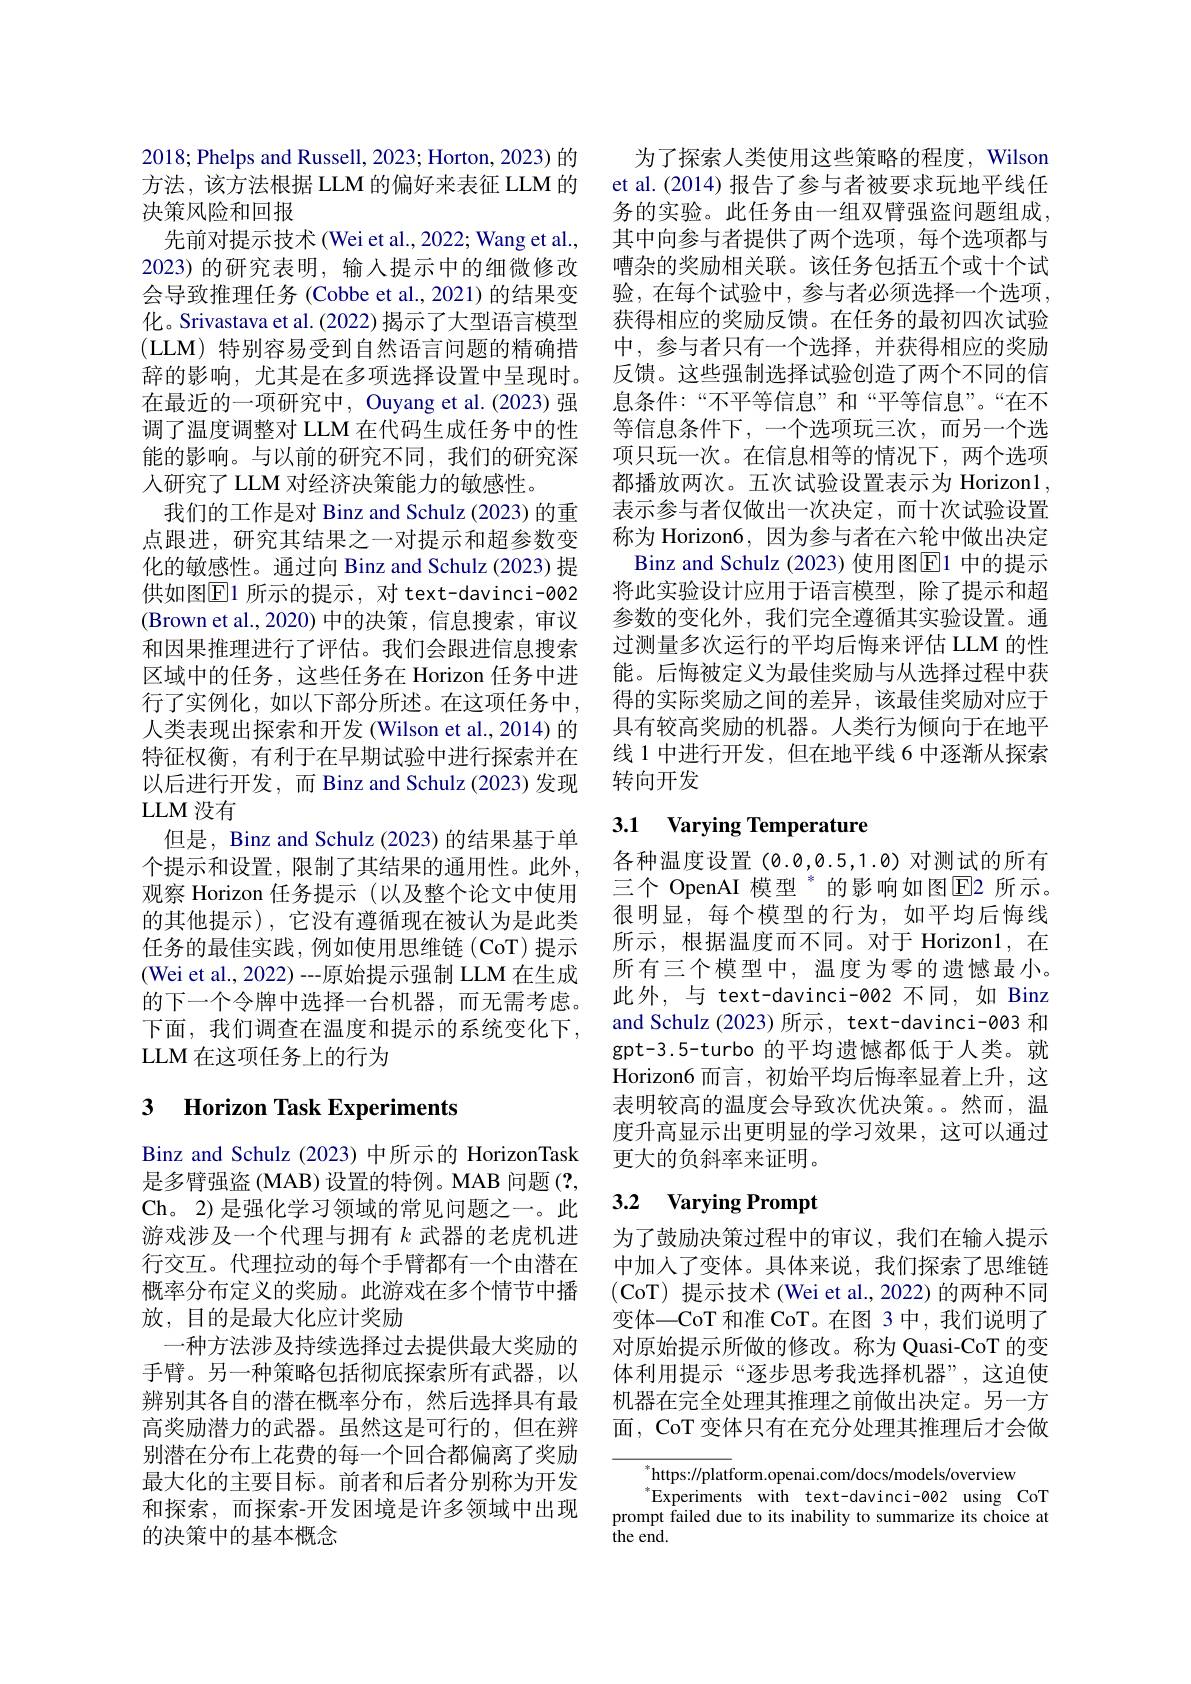
2018; Phelps and Russell, 2023; Horton, 2023) 的方法，该方法根据 LLM 的偏好来表征 LLM 的决策风险和回报
先前对提示技术 (Wei et al., 2022; Wang et al., 2023)的研究表明，输入提示中的细微修改会导致推理任务 (Cobbe et al., 2021) 的结果变化。Srivastava et al. (2022) 揭示了大型语言模型(LLM)特别容易受到自然语言问题的精确措辞的影响，尤其是在多项选择设置中呈现时。在最近的一项研究中，Ouyang et al.(2023) 强调了温度调整对 LLM 在代码生成任务中的性能的影响。与以前的研究不同，我们的研究深人研究了 LLM 对经济决策能力的敏感性。
我们的工作是对 Binz and Schulz (2023) 的重点跟进，研究其结果之一对提示和超参数变化的敏感性。通过向 Binz and Schulz (2023) 提供如图$\boxed{\mathrm{E}}1$ 所示的提示，对 text-davinci-002 (Brown et al.,2020)中的决策，信息搜索，审议和因果推理进行了评估。我们会跟进信息搜索区域中的任务，这些任务在 Horizon 任务中进行了实例化，如以下部分所述。在这项任务中， 人类表现出探索和开发(Wilson et al., 2014) 的特征权衡，有利于在早期试验中进行探索并在以后进行开发，而 Binz and Schulz (2023)发现LLM 没有
但是，Binz and Schulz (2023) 的结果基于单个提示和设置，限制了其结果的通用性。此外， 观察 Horizon 任务提示 (以及整个论文中使用的其他提示),它没有遵循现在被认为是此类任务的最佳实践，例如使用思维链(CoT)提示(Wei et al., 2022) --原始提示强制 LLM 在生成的下一个令牌中选择一台机器，而无需考虑。下面，我们调查在温度和提示的系统变化下， LLM 在这项任务上的行为

# 3 Horizon Task Experiments

Binz and Schulz (2023) 中所示的 HorizonTask 是多臂强盗 (MAB) 设置的特例。MAB 问题 (?, Ch。2)是强化学习领域的常见问题之一。此游戏涉及一个代理与拥有$k$武器的老虎机进行交互。代理拉动的每个手臂都有一个由潜在概率分布定义的奖励。此游戏在多个情节中播放，目的是最大化应计奖励
一种方法涉及持续选择过去提供最大奖励的手臂。另一种策略包括彻底探索所有武器，以辨别其各自的潜在概率分布，然后选择具有最高奖励潜力的武器。虽然这是可行的，但在辨别潜在分布上花费的每一个回合都偏离了奖励最大化的主要目标。前者和后者分别称为开发和探索，而探索-开发困境是许多领域中出现的决策中的基本概念

为了探索人类使用这些策略的程度，Wilson et al.(2014) 报告了参与者被要求玩地平线任务的实验。此任务由一组双臂强盗问题组成， 其中向参与者提供了两个选项，每个选项都与嘈杂的奖励相关联。该任务包括五个或十个试验，在每个试验中，参与者必须选择一个选项， 获得相应的奖励反馈。在任务的最初四次试验中，参与者只有一个选择，并获得相应的奖励反馈。这些强制选择试验创造了两个不同的信息条件：“不平等信息”和“平等信息”。“在不等信息条件下，一个选项玩三次，而另一个选项只玩一次。在信息相等的情况下，两个选项都播放两次。五次试验设置表示为 Horizonl, 表示参与者仅做出一次决定，而十次试验设置称为 Horizon6, 因为参与者在六轮中做出决定Binz and Schulz (2023) 使用图$\overline{\mathrm{E}}$1 中的提示
将此实验设计应用于语言模型，除了提示和超参数的变化外，我们完全遵循其实验设置。通过测量多次运行的平均后悔来评估 LLM 的性能。后悔被定义为最佳奖励与从选择过程中获得的实际奖励之间的差异，该最佳奖励对应于具有较高奖励的机器。人类行为倾向于在地平线 1 中进行开发，但在地平线 6 中逐渐从探索转向开发

# 3.1 Varying Temperature

各种温度设置(0.0,0.5,1.0)对测试的所有三个 OpenAI 模型 ”的影响如图E2 所示。很明显，每个模型的行为，如平均后悔线所示，根据温度而不同。对于 Horizon1,在所有三个模型中，温度为零的遗憾最小。此外，与 text-davinci-002 不同，如 Binz and Schulz (2023) 所示 , text-davinci-003 和gpt-3.5-turbo 的平均遗憾都低于人类。就Horizon6 而言，初始平均后悔率显着上升，这表明较高的温度会导致次优决策。然而，温度升高显示出更明显的学习效果，这可以通过更大的负斜率来证明。

### 3.2 $\textbf{Varying Prompt}$

为了鼓励决策过程中的审议，我们在输入提示中加入了变体。具体来说，我们探索了思维链(CoT) 提示技术 (Wei et al., 2022) 的两种不同变体一CoT 和准 CoT。在图 3 中，我们说明了对原始提示所做的修改。称为 Quasi-CoT 的变体利用提示“逐步思考我选择机器”,这迫使机器在完全处理其推理之前做出决定。另一方面，CoT 变体只有在充分处理其推理后才会做

$^*$https://platform.openai.com/docs/models/overview
$^*$Experiments with text-davinci-002 using CoT prompt failed due to its inability to summarize its choice at the end.